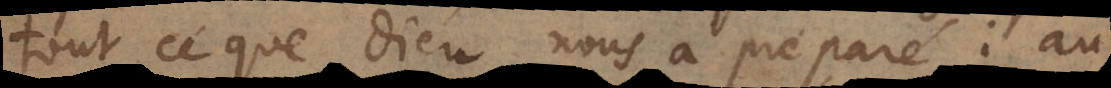
tout ce que Dieu nous a preparé: au